Quinine and its salts - Number 41
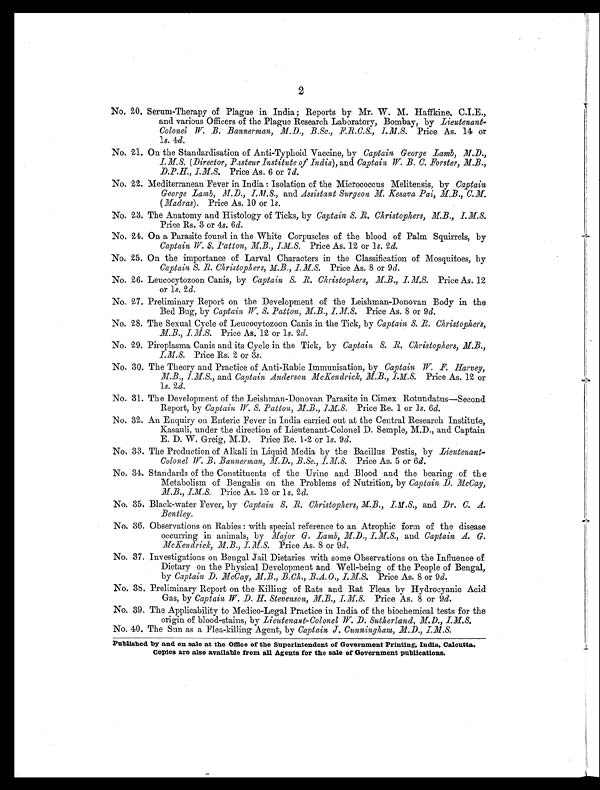
2
No. 20. Serum-Therapy of Plague in India; Reports by Mr. W. M. Haffkine, C.I.E.,
and various Officers of the Plague Research Laboratory, Bombay, by Lieutenant-
Colonel W. B. Bannerman, M.D., B.Sc., .F.R.C.S. I.M.S., P r i c e A s . 1 4 o r
ls. 4d.
No. 21. On the Standardisation of Anti-Typhoid Vaccine, by Captain George Lamb, M.D.,
I.M.S. (Director, Pasteur Institute of India), and Captain W. B. C. Forster, M. B. ,
D.P.H., I.M.S. Price As. 6 or 7 d.
No. 22. Mediterranean Fever in India: Isolation of the Micrococcus Melitensis, by Captain
George Lamb, M.D., I.M.S., and Assistant Surgeon M. Kesava Pai, M.B., C.M.
(Madras). Price As. 10 or ls.
No. 23. The Anatomy and Histology of Ticks, by Captain S. R. Christophers, M.B., I.M.S.
Price Rs. 3 or 4s. 6 d.
No. 24. On a Parasite found in the White Corpuscles of the blood of Palm Squirrels, by
Captain W. S. Patton, M.B., I.M.S. Price As. 12 or ls. 2d.
No. 25. On the importance of Larval Characters in the Classification of Mosquitoes, by
Captain S. R. Christophers, M.B., 1.M.S. Price As. 8 or 9d.
No. 26. Leucocytozoon Canis, by Captain S. R. Christophers, M.B., I.M.S. Price As. 12
or ls. 2d.
No. 27. Preliminary Report on the Development of the Leishman-Donovan Body in the
Bed Bug, by Captain W. S. Patton, M.B., I. M.S. Price As. 8 or 9d.
No. 28. The Sexual Cycle of Leucocytozoon Canis in the Tick, by Captain S. R. Christopher's,
M.B. I.M.S. Price As. 12 or ls. 2d.
No. 29. Piroplasma Canis and its Cycle in the Tick, by Captain S. R. Christophers,
M.B., I.M.S., Price Rs. 2 or 3s.
No. 30. The Theory and Practice of Anti-Rabic Immunisation, by Captain W. F. Harvey,
M.B., I.M.S., and Captain Anderson McKendricic, M.B., I.M.S. Price As. 12 or
ls. 2 d.
No. 31. The Development of the Leishman-Donovan Parasite in Cimex Rotundatus—Second
Report, by Captain W. S. Patton, M.B., I.M.S. Price Re. 1 or ls. 6 d.
No. 32. An Enquiry on Enteric Fever in India carried out at the Central Research Institute,
Kasauli, under the direction of Lieutenant-Colonel D. Semple, M.D., and Captain
E. D. W. Greig, M.D. Price Re. 1-2 or ls. 9d.
No. 33. The Production of Alkali in Liquid Media by the Bacillus Pestis, by Lieutenant-
Colonel W. B. Bannerman, M. D., B.Sc., I.M.S. Price As. 5 or 6 d.
No. 34. Standards of the Constituents of the Urine and Blood and the bearing of the
Metabolism of Bengalis on the Problems of Nutrition, by Captain D. McCay,
M.B., I.M.S. Price As. 12 or ls. 2d.
No. 35. Black-water Fever, by Captain S. R. Christophers, M.B., I.M.S.,
and Dr. C. A.
Bentley.
No. 36. Observations on Rabies: with special reference to an Atrophic form of the disease
occurring in animals, by Major G. Lamb, M.D., I.M.S.,a n d
C a p t a i n A . G .
McKendrick, M.B., I.M.S. Price As. 8 or 9 d.
No. 37. Investigations on Bengal Jail Dietaries with some Observations on the Influence of
Dietary on the Physical Development and Well-being of the People of Bengal,
by Captain D. McCay, M.B., B.Ch., B.A. O. ,
I . M . S .
P r i c e A s . 8 o r 9
d .
No. 38. Preliminary Report on the Killing of Rats and Rat Fleas by Hydrocyanic Acid
Gas, by Captain W. D. H. Stevenson, M.B., Price As. 8 or 9 d.
No. 39. The Applicability to Medico-Legal Practice in India of the biochemical tests for the
origin of blood-stains, by L ieutenant-Colonel W. D. Sutherland, M.D., I.M.S.
No. 40. The Sun as a Flea-killing Agent, by Captain J. Cunningham, .M.D., I.M.S.
Published by and on sale at the Office of the Superintendent of Government Printing, India, Calcutta.
Copies are also available from all Agents for the sale of Government publications.